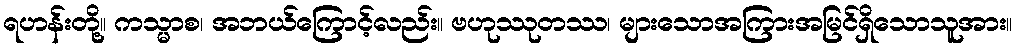
ရဟန်းတို့။ ကသ္မာစ၊ အဘယ်ကြောင့်လည်း။ ဗဟုဿုတဿ၊ များသောအကြားအမြင်ရှိသောသူအား။